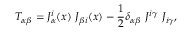
T _ { \alpha \beta } = J _ { \alpha } ^ { i } ( x ) ~ J _ { \beta i } ( x ) - \frac { 1 } { 2 } \delta _ { \alpha \beta } ~ J ^ { i \gamma } ~ J _ { i \gamma } ,